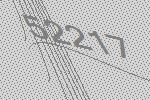
52217